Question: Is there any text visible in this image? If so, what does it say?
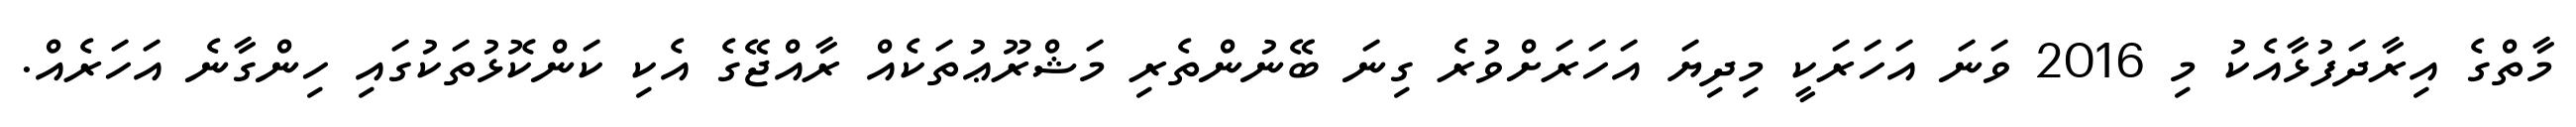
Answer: މާތްގެ އިރާދަފުޅާއެކު މި 2016 ވަނަ އަހަރަކީ މިދިޔަ އަހަރަށްވުރެ ގިނަ ބޭނުންތެރި މަޝްރޫޢުތަކެއް ރާއްޖޭގެ އެކި ކަންކޮޅުތަކުގައި ހިންގާނެ އަހަރެއް.